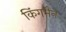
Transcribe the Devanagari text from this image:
किंगमैन